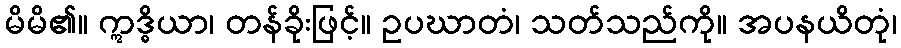
မိမိ၏။ ဣဒ္ဓိယာ၊ တန်ခိုးဖြင့်။ ဥပဃာတံ၊ သတ်သည်ကို။ အပနယိတုံ၊